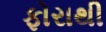
ફોરાથી